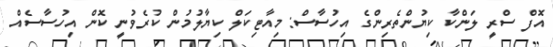
އޮފް ސްރީ ލަންކާ ކިޔުންތެރިންގެ އިހުސާސް: މިއާޓިކަލް ކިޔާލުމުން ކުރެވުނީ ކޮން އިހުސާސެއް